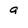
Character: 9